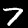
Label: 7